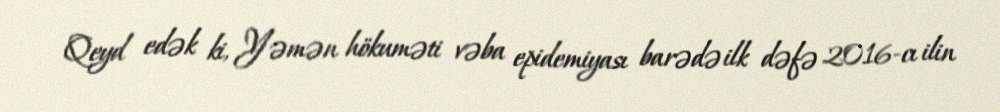
Qeyd edək ki, Yəmən hökuməti vəba epidemiyası barədə ilk dəfə 2016-cı ilin